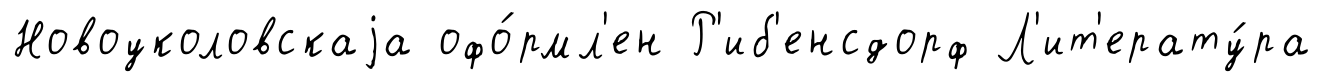
Новоуколовскаjа офо́рмл'ен Р'иб'енсдорф Л'ит'ерату́ра